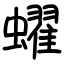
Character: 蠗